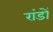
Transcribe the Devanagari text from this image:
रांडों